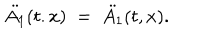
\ddot { A _ { 1 } } ( t . x ) \; = \; \ddot { A _ { 1 } } ( t , x ) .